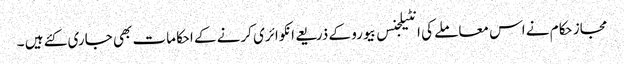
مجاز حکام نے اس معاملے کی انٹیلجنس بیورو کے ذریعے انکوائری کرنے کے احکامات بھی جاری کئے ہیں ۔